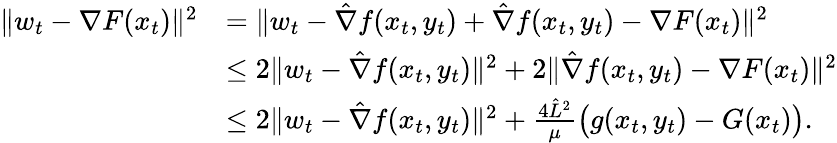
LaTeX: \begin{array}{rl}{\| w_{t}-\nabla F(x_{t})\| ^{2}}&{=\| w_{t}-\hat{\nabla}f(x_{t},y_{t})+\hat{\nabla}f(x_{t},y_{t})-\nabla F(x_{t})\| ^{2}}\\ &{\leq 2\| w_{t}-\hat{\nabla}f(x_{t},y_{t})\| ^{2}+2\| \hat{\nabla}f(x_{t},y_{t})-\nabla F(x_{t})\| ^{2}}\\ &{\leq 2\| w_{t}-\hat{\nabla}f(x_{t},y_{t})\| ^{2}+\frac{4\hat{L}^{2}}{\mu}\big(g(x_{t},y_{t})-G(x_{t})\big).}\end{array}